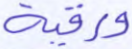
ورقية